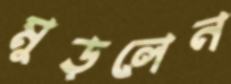
মুড়লেন